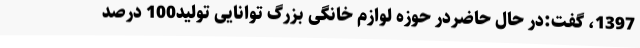
1397، گفت:در حال حاضردر حوزه لوازم خانگی بزرگ توانایی تولید100 درصد